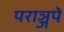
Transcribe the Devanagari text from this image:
पराञ्जपे